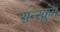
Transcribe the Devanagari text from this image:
सन्स्क्रुत